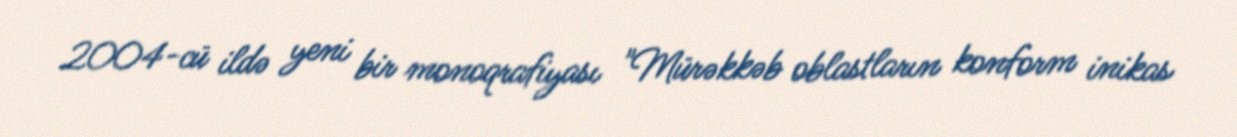
2004-cü ildə yeni bir monoqrafiyası "Mürəkkəb oblastların konform inikas